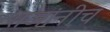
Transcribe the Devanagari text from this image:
राजांनीच